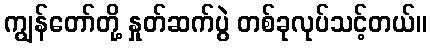
ကျွန်တော်တို့ နှုတ်ဆက်ပွဲ တစ်ခုလုပ်သင့်တယ်။